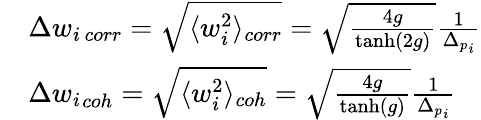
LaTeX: \begin{array}{rl}&{\Delta w_{i\, corr}=\sqrt{\langle w_{i}^{2}\rangle_{corr}}=\sqrt{\frac{4g}{\operatorname{tanh}(2g)}}\frac{1}{{\Delta_{p}}_{i}}}\\ &{\Delta{w_{i}}_{coh}=\sqrt{\langle w_{i}^{2}\rangle_{coh}}=\sqrt{\frac{4g}{\operatorname{tanh}(g)}}\frac{1}{{\Delta_{p}}_{i}}}\end{array}